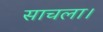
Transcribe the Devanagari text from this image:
साचला।